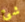
شئ